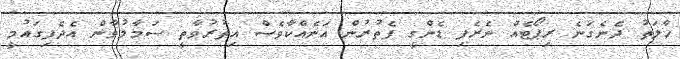
ހާލަތު ދެނެގަނެ ރިޕޯޓެއް ނެރެފި ޑެންގީ ފެތުރުން އަނެއްކާވެސް އިތުރުވާތީ ސަމާލުވާން އެދެފިގައުމީ